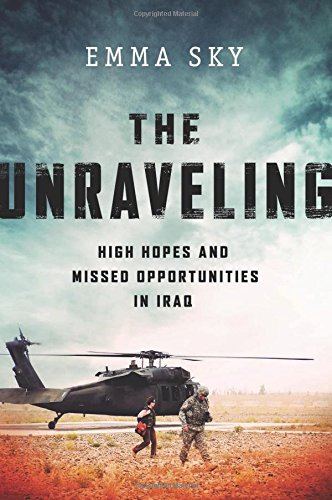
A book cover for The Unraveling: High Hopes and Missed Opportunities in Iraq; Emma Sky; History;